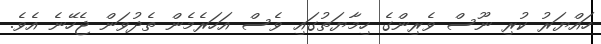
ހައްޔަރު ކުރި ނޫސް ވެރިންގެ ހިމާޔަތުގައި ވެސް އަހަރެމެން ތެދުވަން ޖެހޭނެ އެވެ.